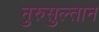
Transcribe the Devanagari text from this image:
नुरुसुल्तान